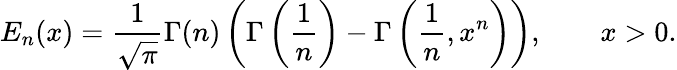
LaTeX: E_{n}(x)={\frac{1}{\sqrt{\pi}}}\Gamma(n)\left(\Gamma\left({\frac{1}{n}}\right)-\Gamma\left({\frac{1}{n}},x^{n}\right)\right),\quad\quad x>0.